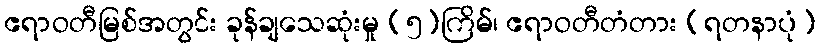
ဧရာဝတီမြစ်အတွင်း ခုန်ချသေဆုံးမှု (၅)ကြိမ်၊ ဧရာဝတီတံတား (ရတနာပုံ)